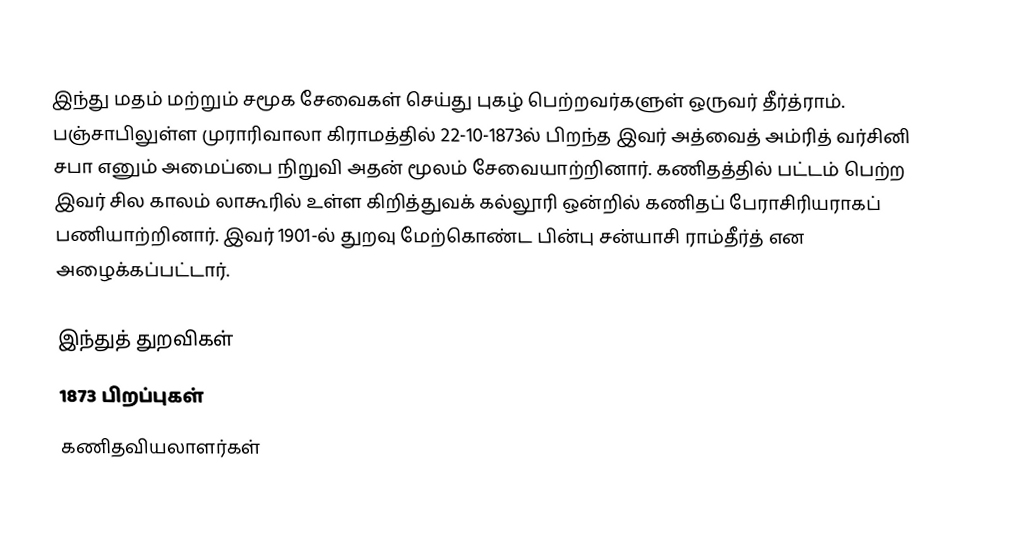
இந்து மதம் மற்றும் சமூக சேவைகள் செய்து புகழ் பெற்றவர்களுள் ஒருவர் தீர்த்ராம். பஞ்சாபிலுள்ள முராரிவாலா கிராமத்தில் 22-10-1873ல் பிறந்த இவர் அத்வைத் அம்ரித் வர்சினி சபா எனும் அமைப்பை நிறுவி அதன் மூலம் சேவையாற்றினார். கணிதத்தில் பட்டம் பெற்ற இவர் சில காலம் லாகூரில் உள்ள கிறித்துவக் கல்லூரி ஒன்றில் கணிதப் பேராசிரியராகப் பணியாற்றினார். இவர் 1901-ல் துறவு மேற்கொண்ட பின்பு சன்யாசி ராம்தீர்த் என அழைக்கப்பட்டார்.

இந்துத் துறவிகள்
1873 பிறப்புகள்
கணிதவியலாளர்கள்